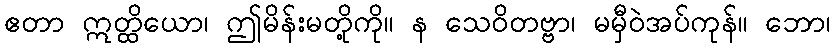
ဧတာ ဣတ္ထိယော၊ ဤမိန်းမတို့ကို။ န သေဝိတဗ္ဗာ၊ မမှီဝဲအပ်ကုန်။ ဘော၊